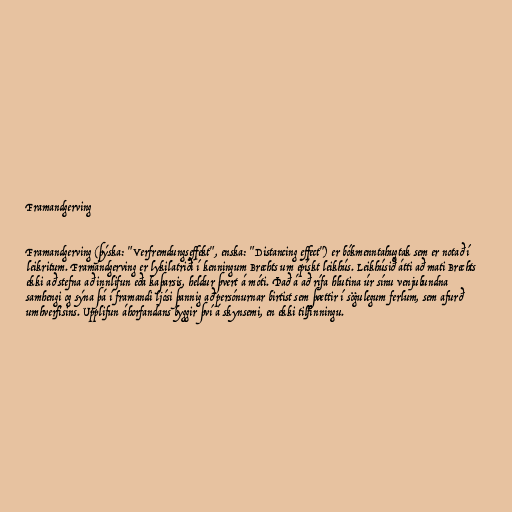
Framandgerving

Framandgerving (þýska: "Verfremdungseffekt", enska: "Distancing effect") er bókmenntahugtak sem er notað í
leikritum. Framandgerving er lykilatriði í kenningum Brechts um epískt leikhús. Leikhúsið átti að mati Brechts
ekki að stefna að innlifun eða kaþarsis, heldur þvert á móti. Það á að rífa hlutina úr sínu venjubundna
samhengi og sýna þá í framandi ljósi þannig að persónurnar birtist sem þættir í sögulegum ferlum, sem afurð
umhverfisins. Upplifun áhorfandans byggir því á skynsemi, en ekki tilfinningu.